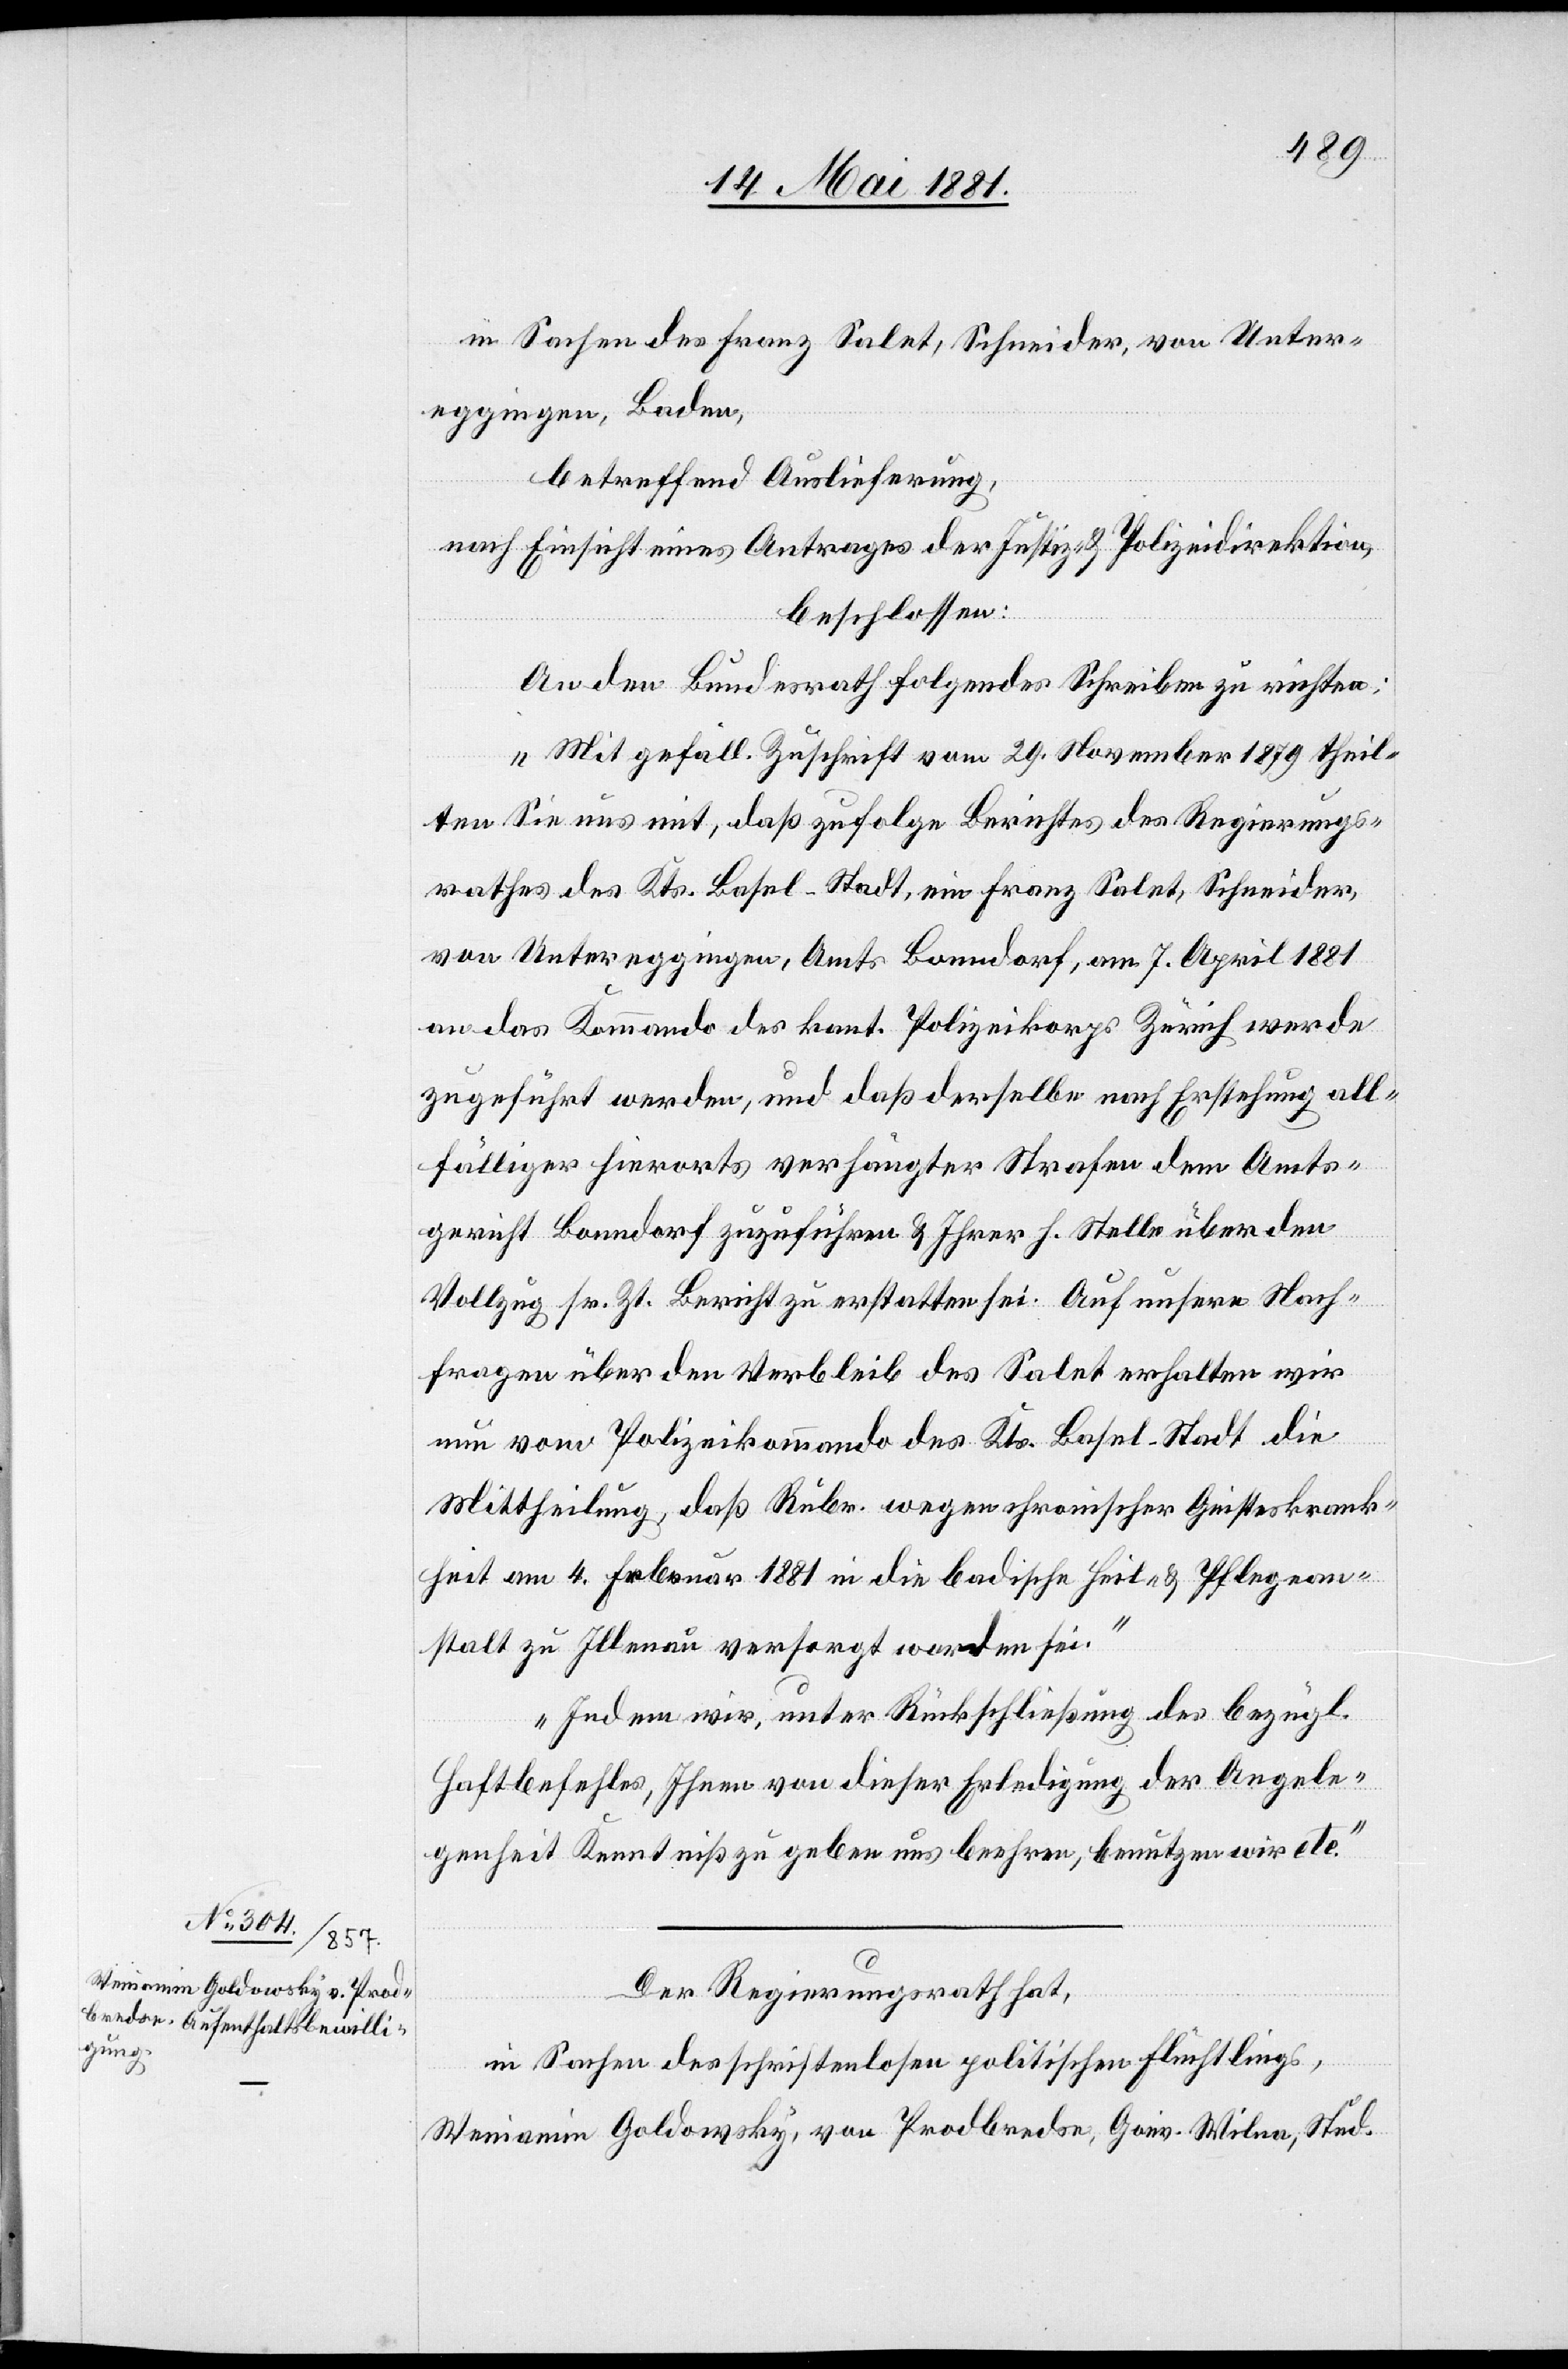
in Sachen des Franz Salet, Schneider, von Unter¬
eggingen, Baden,
betreffend Auslieferung,
nach Einsicht eines Antrages der Justiz- & Polizeidirektion,
beschloßen:
An den Bundesrath folgendes Schreiben zu richten:
„Mit gefäll. Zuschrift vom 29. November 1879 theil¬
ten Sie uns mit, daß zufolge Berichtes des Regierungs¬
rathes des Kts. Basel-Stadt, ein Franz Salet, Schneider,
von Untereggingen, Amts Bonndorf, am 7. April 1881
an das Kommando des kant. Polizeikorps Zürich werde
zugeführt werden, und daß derselbe nach Erstehung all¬
fälliger hierorts verhängter Strafen dem Amts¬
gericht Bonndorf zuzuführen & Ihrer h. Stelle über den
Vollzug sr. Zt. Bericht zu erstatten sei. Auf unsere Nach¬
fragen über den Verbleib des Salet erhalten wir
nun vom Polizeikommando des Kts. Basel-Stadt die
Mittheilung, daß Rubr. wegen chronischer Geisteskrank¬
heit am 4. Februar 1881 in die badische Heil- & Pflegean¬
stalt zu Illnau versorgt worden sei.
Indem wir, unter Rückschließung des bezügl.
Haftbefehles, Ihnen von dieser Erledigung der Angele¬
genheit Kenntniß zu geben uns beehren, benutzen wir etc.“
Der Regierungsrath hat,
in Sachen des schriftenlosen politischen Flüchtlings,
Weniamin Goldowsky, von Prodbredse, Gouv. Wilna, Stud.